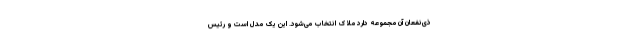
ذی‌نفعان آن مجموعه دارد ملاک انتخاب می‌شود. این یک مدل است و رئیس